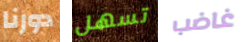
دورنا تسهل غاضب